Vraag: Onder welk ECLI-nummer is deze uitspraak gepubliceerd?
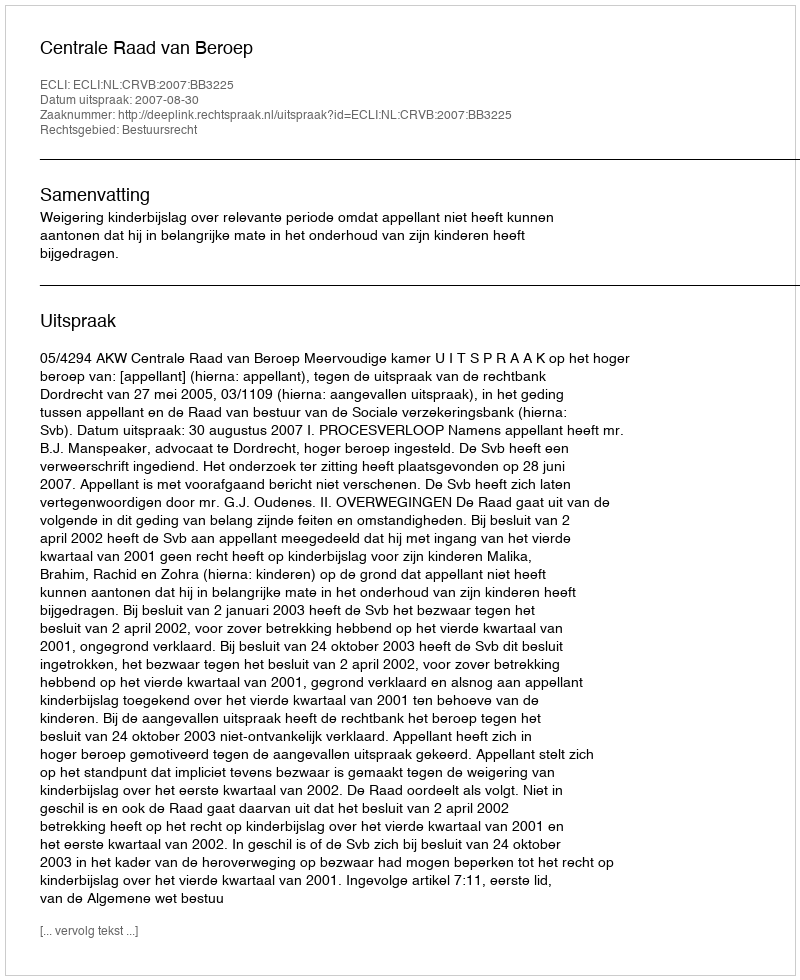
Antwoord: ECLI:NL:CRVB:2007:BB3225